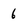
Character: 6